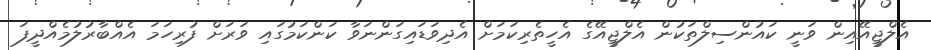
އެލްޖީއޭއިން ވަނީ ކައުންސިލްތަކުން އެލްޖީއޭގެ އެހީތެރިކަމަށް އެދިވަޑައިގަންނަވާ ކަންކަމުގައި ވަރަށް ފުރިހަމަ އެއްބާރުލުމެއްދީފަ